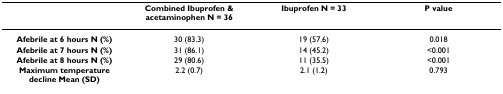
<table><thead><tr><td></td><td><b>Combined Ibuprofen &amp; acetaminophen N = 36</b></td><td><b>Ibuprofen N = 33</b></td><td><b>P value</b></td></tr></thead><tbody><tr><td><b>Afebrile at 6 hours N (%)</b></td><td>30 (83.3)</td><td>19 (57.6)</td><td>0.018</td></tr><tr><td><b>Afebrile at 7 hours N (%)</b></td><td>31 (86.1)</td><td>14 (45.2)</td><td>&lt;0.001</td></tr><tr><td><b>Afebrile at 8 hours N (%)</b></td><td>29 (80.6)</td><td>11 (35.5)</td><td>&lt;0.001</td></tr><tr><td><b>Maximum temperature decline Mean (SD)</b></td><td>2.2 (0.7)</td><td>2.1 (1.2)</td><td>0.793</td></tr></tbody></table>